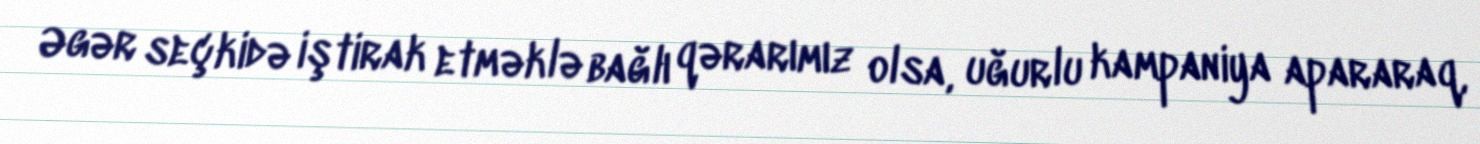
Əgər seçkidə iştirak etməklə bağlı qərarımız olsa, uğurlu kampaniya apararaq,